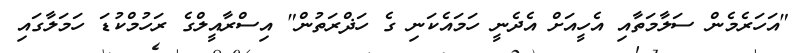
"އަހަރެމެން ސަލާމަތާއި އެހީއަށް އެދެނީ ހަމައެކަނި ގެ ހަޛްރަތުން" އިސްރާއީލްގެ ރަހުމްކުޑަ ހަމަލާގައި